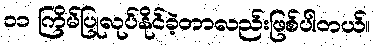
၁၁ ကြိမ်ပြုလုပ်နိုင်ခဲ့တာလည်းဖြစ်ပါတယ်။